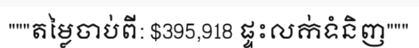
"""តម្លៃចាប់ពី: $395,918 ផ្ទះលក់ទំនិញ"""